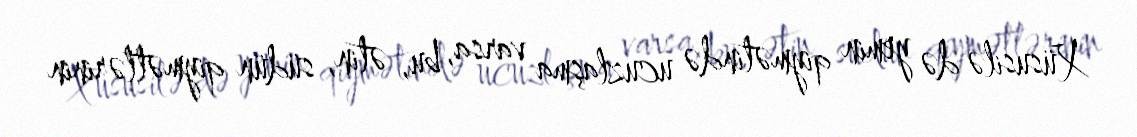
Xüsusilə də yemin qiymətində ucuzlaşma varsa, bu, ətin, südün qiymətlərinin